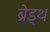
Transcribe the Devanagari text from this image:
ब्रेड्थ